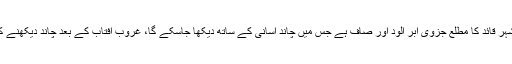
محکمہ موسمیات کے مطابق شہر قائد کا مطلع جزوی ابر آلود اور صاف ہے جس میں چاند آسانی کے ساتھ دیکھا جاسکے گا، غروب آفتاب کے بعد چاند دیکھنے کا دورانیہ 39 منٹ تک کا تھا۔